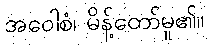
အဝေါစံ၊ မိန့်တော်မူ၏။